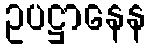
ဥပဋ္ဌာနေန